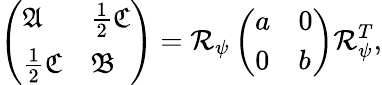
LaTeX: \left(\begin{array}{ll}{\mathfrak{A}}&{\frac{1}{2}\mathfrak{C}}\\ {\frac{1}{2}\mathfrak{C}}&{\mathfrak{B}}\end{array}\right)=\mathcal{R}_{\psi}\left(\begin{array}{ll}{a}&{0}\\ {0}&{b}\end{array}\right)\mathcal{R}_{\psi}^{T},